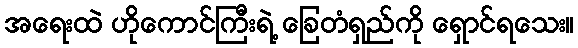
အရေးထဲ ဟိုကောင်ကြီးရဲ့ ခြေတံရှည်ကို ရှောင်ရသေး။